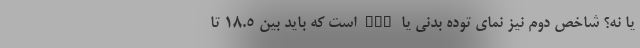
یا نه؟ شاخص دوم نیز نمای توده بدنی یا BMI است که باید بین 18.5 تا